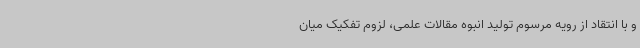
و با انتقاد از رویه مرسوم تولید انبوه مقالات علمی، لزوم تفکیک میان